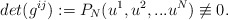
\begin{align*}det( g^{ij}):=P_{N}(u^{1},u^{2},...u^{N}) \not\equiv 0.\end{align*}